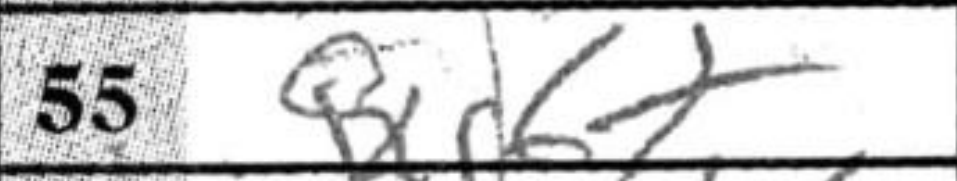
Transcription: Qxg6+